画像に写った文字を読んでください
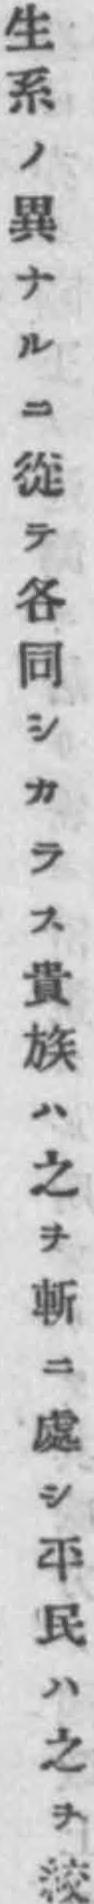
「生系ノ異ナルニ從テ各同シカラス貴族ハ之ヲ斬ニ處シ平民ハ之ヲ絞」と書いてあります